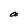
Character: a